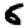
Digit: 6